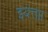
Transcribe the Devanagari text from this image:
इयत्ताा